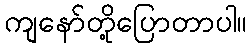
ကျနော်တို့ပြောတာပါ။